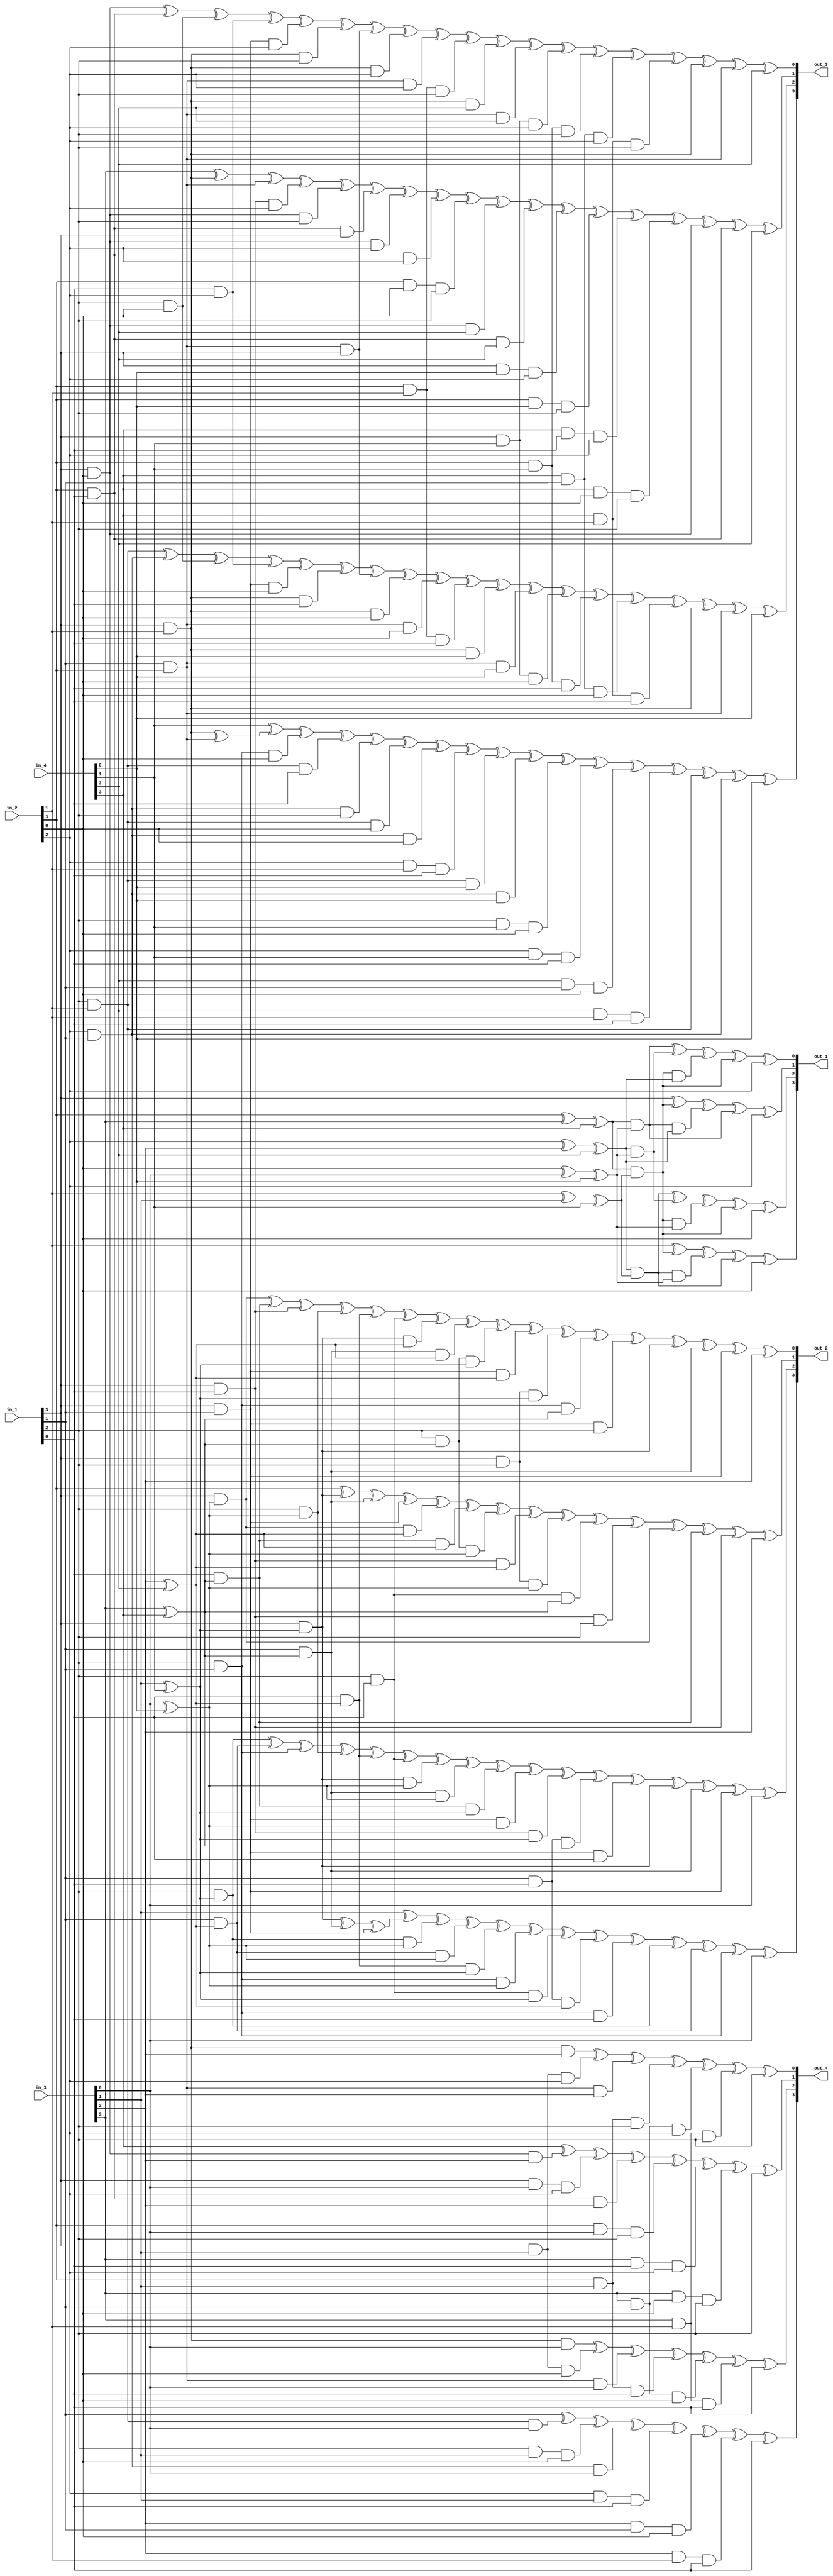
`timescale 1ns / 1ps
//////////////////////////////////////////////////////////////////////////////////
// Company: 
// Engineer: 
// 
// Design Name: 
// Module Name: GF_INV_4_shared
// Project Name: 
// Target Devices: 
// Tool Versions: 
// Description: 
// 
// Dependencies: 
// 
// Revision:
// Revision 0.01 - File Created
// Additional Comments:
// 
//////////////////////////////////////////////////////////////////////////////////

(*keep = "true" , keep_hierarchy = "yes" *)
module GF_INV_4_shared(input[3:0] in_1, input[3:0] in_2, input[3:0] in_3, input[3:0] in_4, output[3:0] out_1, output[3:0] out_2, output[3:0] out_3, output[3:0] out_4);

assign out_1[3] = in_2[1] ^ ((in_2[3] ^ in_3[3] ^ in_4[3]) & (in_2[1] ^ in_3[1] ^ in_4[1])) ^ ((in_2[2] ^ in_3[2] ^ in_4[2]) & (in_2[1] ^ in_3[1] ^ in_4[1]) & (in_2[0] ^ in_3[0] ^ in_4[0]))
^ ((in_2[2] ^ in_3[2] ^ in_4[2]) & (in_2[1] ^ in_3[1] ^ in_4[1])) ^ in_2[0];
assign out_2[3] = in_3[1] ^ ((in_1[3] & (in_3[1] ^ in_4[1])) ^ (in_1[1] & (in_3[3] ^ in_4[3])) ^ (in_1[3] & in_1[1])) ^ (in_1[2] & (in_3[1] ^ in_4[1]) & (in_3[0] ^ in_4[0])) ^ (in_1[1] &(in_3[2] ^ in_4[2]) & (in_3[0] ^ in_4[0])) ^ (in_1[0] & (in_3[2] ^ in_4[2]) & (in_3[1] ^ in_4[1]))
^ (in_1[2] & in_1[1] & (in_3[0] ^ in_4[0])) ^ (in_1[2] & in_1[0] & (in_3[1] ^ in_4[1])) ^ (in_1[1] & in_1[0] & (in_3[2] ^ in_4[2])) ^ (in_1[2] & in_1[1] & in_1[0])
^ (in_1[2] & (in_3[1] ^ in_4[1])) ^ (in_1[1] & (in_3[2] ^ in_4[2])) ^ (in_1[2] & in_1[1]) ^ in_3[0];
assign out_3[3] = in_4[1] ^ ((in_1[3] & in_2[1]) ^ (in_1[1] & in_2[3])) ^ (in_1[2] & in_1[1] & in_2[0]) ^ (in_1[2] & in_2[1] & in_1[0]) ^ (in_2[2] & in_1[1] & in_1[2]) ^ (in_1[2] & in_2[1] & in_2[0]) ^ (in_2[2] & in_1[1] & in_2[0]) ^ (in_2[2] & in_2[1] & in_1[0]) ^ (in_1[2] & in_2[1] & in_4[0])
^ (in_2[2] & in_1[1] & in_4[0]) ^ (in_1[2] & in_4[1] & in_2[0]) ^ (in_2[2] & in_4[1] & in_1[0]) ^ (in_4[2] & in_1[1] & in_2[0]) ^ (in_4[2] & in_2[1] & in_1[0]) ^ (in_1[2] & in_2[1]) ^ (in_1[1] & in_2[2]) ^ in_4[0];
assign out_4[3] = in_1[1] ^ (in_1[2] & in_2[1] & in_3[0]) ^ (in_1[2] & in_3[1] & in_2[0]) ^ (in_2[2] & in_1[1] & in_3[0]) ^ (in_2[2] & in_3[1] & in_1[0]) ^ (in_3[2] & in_1[1] & in_2[0]) ^ (in_3[2] & in_2[1] & in_1[0]) ^ in_1[0];


assign out_1[2] = ((in_2[2] ^ in_3[2] ^ in_4[2]) & (in_2[1] ^ in_3[1] ^ in_4[1])) ^ ((in_2[2] ^ in_3[2] ^ in_4[2]) & (in_2[0] ^ in_3[0] ^ in_4[0])) ^ ((in_2[3] ^ in_3[3] ^ in_4[3]) & (in_2[1] ^ in_3[1] ^ in_4[1]) & (in_2[0] ^ in_3[0] ^ in_4[0]))
^ ((in_2[3] ^ in_3[3] ^ in_4[3]) & (in_2[1] ^ in_3[1] ^ in_4[1])) ^ in_2[0];
assign out_2[2] = (in_1[2] & (in_3[1] ^ in_4[1])) ^ (in_1[1] & (in_3[2] ^ in_4[2])) ^ (in_1[2] & in_1[1]) ^ (in_1[2] & (in_3[0] ^ in_4[0])) ^ (in_1[0] & (in_3[2] ^ in_4[2])) ^ (in_1[2] & in_1[0]) ^ (in_1[3] & (in_3[1] ^ in_4[1]) & (in_3[0] ^ in_4[0])) ^ (in_1[1] & (in_3[3] ^ in_4[3]) & (in_3[0] ^ in_4[0])) ^ (in_1[0] & (in_3[3] ^ in_4[3]) & (in_3[1] ^ in_4[1]))
^ (in_1[3] & in_1[1] & (in_3[0] ^ in_4[0])) ^ (in_1[3] & in_1[0] & (in_3[1] ^ in_4[1])) ^ (in_1[1] & in_1[0] & (in_3[3] ^ in_4[3])) ^ (in_1[3] & in_1[1] & in_1[0])
^ (in_1[3] & (in_3[1] ^ in_4[1])) ^ (in_1[1] & (in_3[3] ^ in_4[3])) ^ (in_1[3] & in_1[1]) ^ in_3[0];
assign out_3[2] = (in_1[2] & in_2[1]) ^ (in_1[1] & in_2[2]) ^ (in_1[2] & in_2[0]) ^ (in_1[0] & in_2[2]) ^ (in_1[3] & in_1[1] & in_2[0]) ^ (in_1[3] & in_2[1] & in_1[0]) ^ (in_2[3] & in_1[1] & in_1[3]) ^ (in_1[3] & in_2[1] & in_2[0]) ^ (in_2[3] & in_1[1] & in_2[0]) ^ (in_2[3] & in_2[1] & in_1[0]) ^ (in_1[3] & in_2[1] & in_4[0])
^ (in_2[3] & in_1[1] & in_4[0]) ^ (in_1[3] & in_4[1] & in_2[0]) ^ (in_2[3] & in_4[1] & in_1[0]) ^ (in_4[3] & in_1[1] & in_2[0]) ^ (in_4[3] & in_2[1] & in_1[0]) ^ (in_1[3] & in_2[1]) ^ (in_1[1] & in_2[3]) ^ in_4[0];
assign out_4[2] = (in_1[3] & in_2[1] & in_3[0]) ^ (in_1[3] & in_3[1] & in_2[0]) ^ (in_2[3] & in_1[1] & in_3[0]) ^ (in_2[3] & in_3[1] & in_1[0]) ^ (in_3[3] & in_1[1] & in_2[0]) ^ (in_3[3] & in_2[1] & in_1[0]) ^ in_1[0];


assign out_1[1] = in_1[3] ^ ((in_2[3] ^ in_3[3] ^ in_4[3]) & (in_2[1] ^ in_3[1] ^ in_4[1])) ^ ((in_2[3] ^ in_3[3] ^ in_4[3]) & (in_2[0] ^ in_3[0] ^ in_4[0]) & (in_2[2] ^ in_3[2] ^ in_4[2]))
^ ((in_2[3] ^ in_3[3] ^ in_4[3]) & (in_2[0] ^ in_3[0] ^ in_4[0])) ^ in_2[2];
assign out_2[1] = in_2[3] ^ (in_1[3] & (in_3[1] ^ in_4[1])) ^ (in_1[1] & (in_3[3] ^ in_4[3])) ^ (in_1[3] & in_1[1]) ^ (in_1[3] & (in_3[0] ^ in_4[0]) & (in_3[2] ^ in_4[2])) ^ (in_1[0] & (in_3[3] ^ in_4[3]) & (in_3[2] ^ in_4[2])) ^ (in_1[2] & (in_3[3] ^ in_4[3]) & (in_3[0] ^ in_4[0]))
^ (in_1[3] & in_1[0] & (in_3[2] ^ in_4[2])) ^ (in_1[3] & in_1[2] & (in_3[0] ^ in_4[0])) ^ (in_1[0] & in_1[2] & (in_3[3] ^ in_4[3])) ^ (in_1[3] & in_1[0] & in_1[2])
^ (in_1[3] & (in_3[0] ^ in_4[0])) ^ (in_1[0] & (in_3[3] ^ in_4[3])) ^ (in_1[3] & in_1[0]) ^ in_3[2];
assign out_3[1] = in_3[3] ^ (in_1[3] & in_2[1]) ^ (in_1[1] & in_2[3]) ^ (in_1[3] & in_1[0] & in_2[2]) ^ (in_1[3] & in_2[0] & in_1[2]) ^ (in_2[3] & in_1[0] & in_1[3]) ^ (in_1[3] & in_2[0] & in_2[2]) ^ (in_2[3] & in_1[0] & in_2[2]) ^ (in_2[3] & in_2[0] & in_1[2]) ^ (in_1[3] & in_2[0] & in_4[2])
^ (in_2[3] & in_1[0] & in_4[2]) ^ (in_1[3] & in_4[0] & in_2[2]) ^ (in_2[3] & in_4[0] & in_1[2]) ^ (in_4[3] & in_1[0] & in_2[2]) ^ (in_4[3] & in_2[0] & in_1[2]) ^ (in_1[3] & in_2[0]) ^ (in_1[0] & in_2[3]) ^ in_4[2];
assign out_4[1] = in_4[3] ^ (in_1[3] & in_2[0] & in_3[2]) ^ (in_1[3] & in_3[0] & in_2[2]) ^ (in_2[3] & in_1[0] & in_3[2]) ^ (in_2[3] & in_3[0] & in_1[2]) ^ (in_3[3] & in_1[0] & in_2[2]) ^ (in_3[3] & in_2[0] & in_1[2]) ^ 0 ^ in_1[2];



assign out_1[0] = ((in_2[3] ^ in_3[3] ^ in_4[3]) & (in_2[0] ^ in_3[0] ^ in_4[0])) ^ ((in_2[2] ^ in_3[2] ^ in_4[2]) & (in_2[0] ^ in_3[0] ^ in_4[0])) ^ ((in_2[3] ^ in_3[3] ^ in_4[3]) & (in_2[1] ^ in_3[1] ^ in_4[1]) & (in_2[2] ^ in_3[2] ^ in_4[2]))
^ ((in_2[3] ^ in_3[3] ^ in_4[3]) & (in_2[1] ^ in_3[1] ^ in_4[1])) ^ in_2[2];
assign out_2[0] = (in_1[3] & (in_3[0] ^ in_4[0])) ^ (in_1[0] & (in_3[3] ^ in_4[3])) ^ (in_1[3] & in_1[0]) ^ (in_1[2] & (in_3[0] ^ in_4[0])) ^ (in_1[0] & (in_3[2] ^ in_4[2])) ^ (in_1[2] & in_1[0]) ^ (in_1[3] & (in_3[1] ^ in_4[1]) & (in_3[2] ^ in_4[2])) ^ (in_1[1] & (in_3[3] ^ in_4[3]) & (in_3[2] ^ in_4[2])) ^ (in_1[2] & (in_3[3] ^ in_4[3]) & (in_3[1] ^ in_4[1]))
^ (in_1[3] & in_1[1] & (in_3[2] ^ in_4[2])) ^ (in_1[3] & in_1[2] & (in_3[1] ^ in_4[1])) ^ (in_1[1] & in_1[2] & (in_3[3] ^ in_4[3])) ^ (in_1[3] & in_1[1] & in_1[2])
^ (in_1[3] & (in_3[1] ^ in_4[1])) ^ (in_1[1] & (in_3[3] ^ in_4[3])) ^ (in_1[3] & in_1[1]) ^ in_3[2];
assign out_3[0] = (in_1[3] & in_2[0]) ^ (in_1[0] & in_2[3]) ^ (in_1[2] & in_2[0]) ^ (in_1[0] & in_2[2]) ^ (in_1[3] & in_1[1] & in_2[2]) ^ (in_1[3] & in_2[1] & in_1[2]) ^ (in_2[3] & in_1[1] & in_1[3]) ^ (in_1[3] & in_2[1] & in_2[2]) ^ (in_2[3] & in_1[1] & in_2[2]) ^ (in_2[3] & in_2[1] & in_1[2]) ^ (in_1[3] & in_2[1] & in_4[2])
^ (in_2[3] & in_1[1] & in_4[2]) ^ (in_1[3] & in_4[1] & in_2[2]) ^ (in_2[3] & in_4[1] & in_1[2]) ^ (in_4[3] & in_1[1] & in_2[2]) ^ (in_4[3] & in_2[1] & in_1[2]) ^ (in_1[3] & in_2[1]) ^ (in_1[1] & in_2[3]) ^ in_4[2];
assign out_4[0] = (in_1[3] & in_2[1] & in_3[2]) ^ (in_1[3] & in_3[1] & in_2[2]) ^ (in_2[3] & in_1[1] & in_3[2]) ^ (in_2[3] & in_3[1] & in_1[2]) ^ (in_3[3] & in_1[1] & in_2[2]) ^ (in_3[3] & in_2[1] & in_1[2]) ^ 0 ^ in_1[2];

endmodule